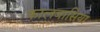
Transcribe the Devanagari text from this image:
कालबासिया